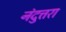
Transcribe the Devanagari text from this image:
नंदुत्तरा